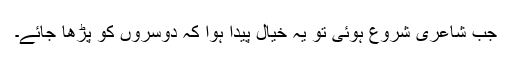
جب شاعری شروع ہوئی تو یہ خیال پیدا ہوا کہ دوسروں کو پڑھا جائے۔